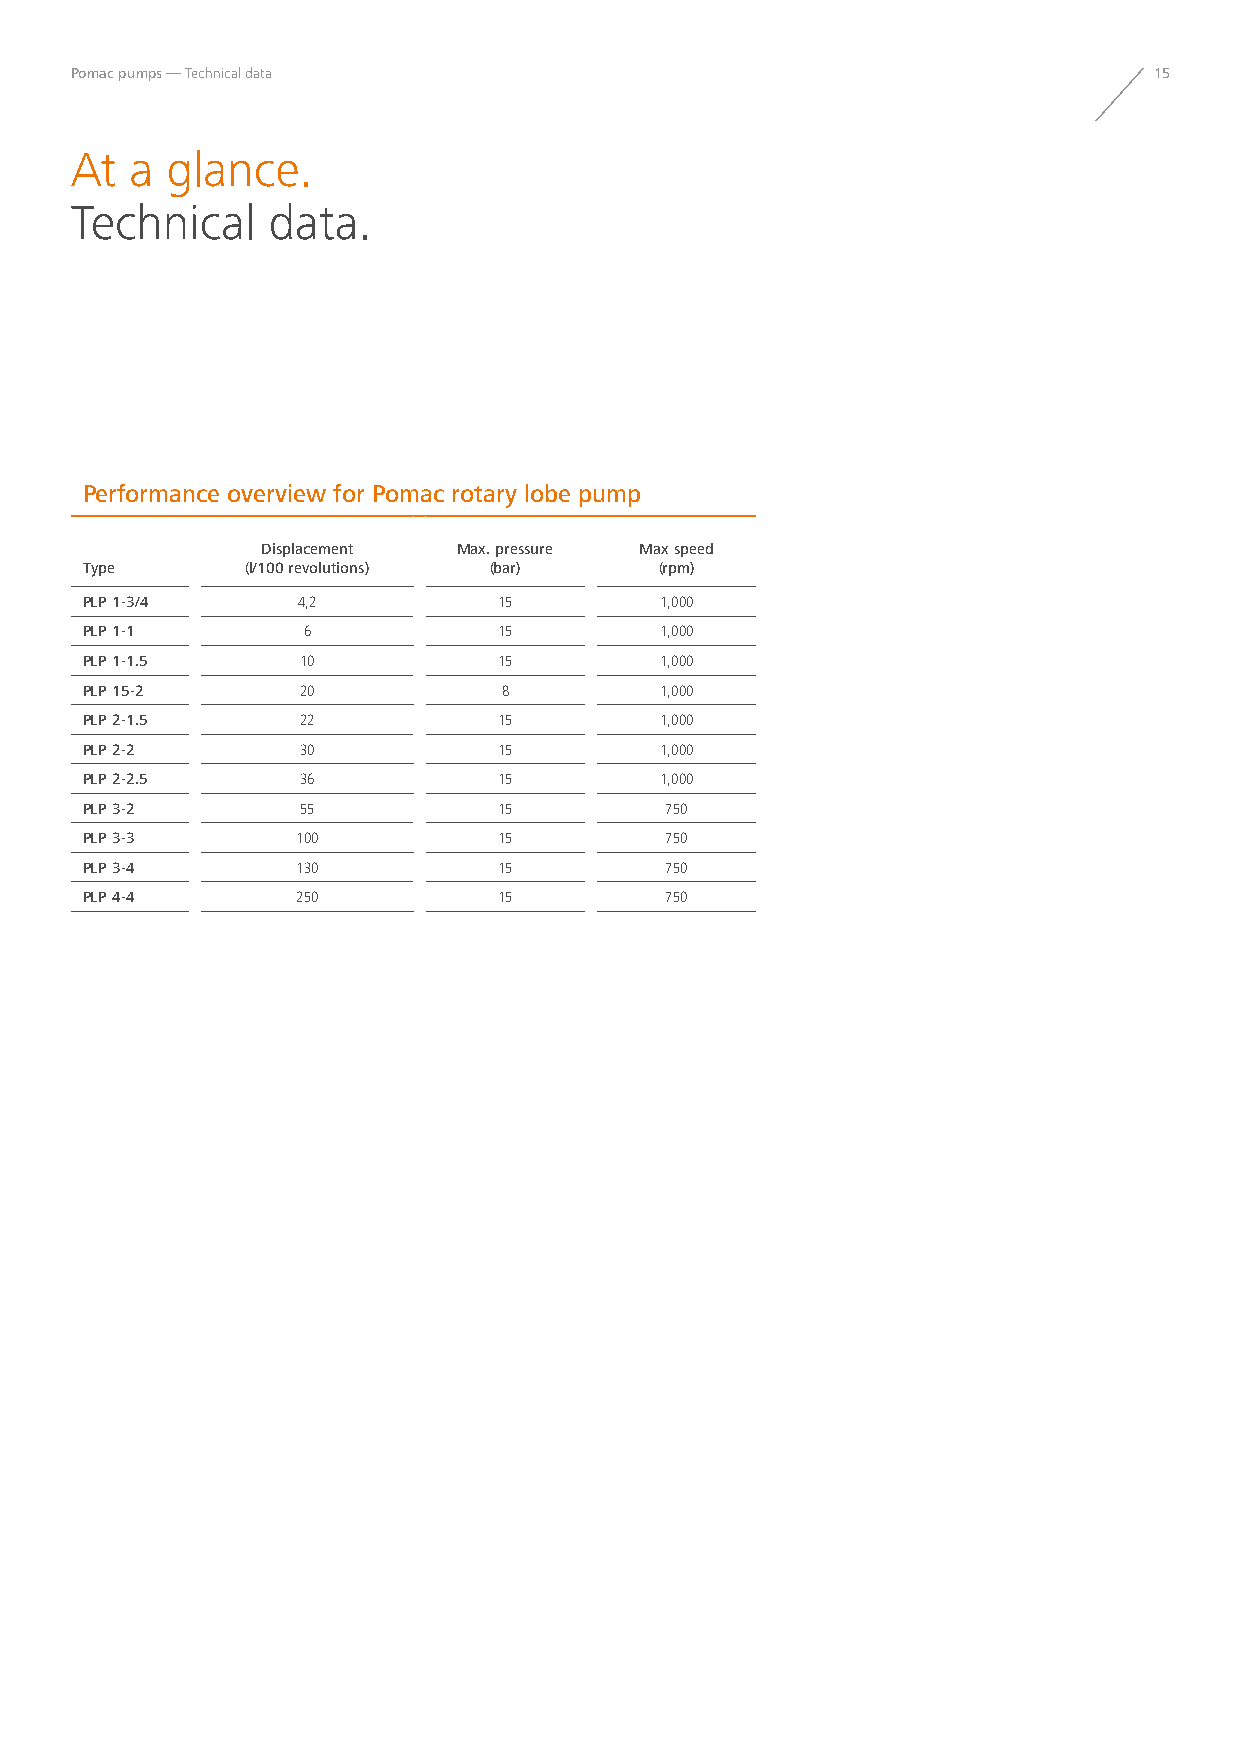
Pomac pumps — Technical data                                           15
 At  a glance.
 Technical    data.
 Performance overview for Pomac rotary lobe pump
 Displacement Max. pressure Max speed
 Type       (l/100 revolutions) (bar)   (rpm)
 PLP 1-3/4      4,2          15         1,000
 PLP 1-1        6            15         1,000
 PLP 1-1.5      10           15         1,000
 PLP 15-2       20           8          1,000
 PLP 2-1.5      22           15         1,000
 PLP 2-2        30           15         1,000
 PLP 2-2.5      36           15         1,000
 PLP 3-2        55           15         750
 PLP 3-3        100          15         750
 PLP 3-4        130          15         750
 PLP 4-4        250          15         750